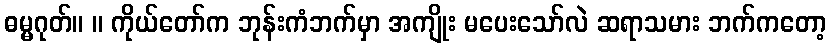
ဓမ္မဂုတ်။ ။ ကိုယ်တော်က ဘုန်းကံဘက်မှာ အကျိုး မပေးသော်လဲ ဆရာသမား ဘက်ကတော့